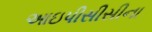
આઇપીસીસીના